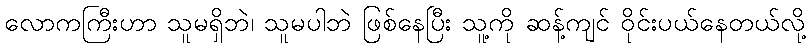
လောကကြီးဟာ သူမရှိဘဲ၊ သူမပါဘဲ ဖြစ်နေပြီး သူ့ကို ဆန့်ကျင် ဝိုင်းပယ်နေတယ်လို့